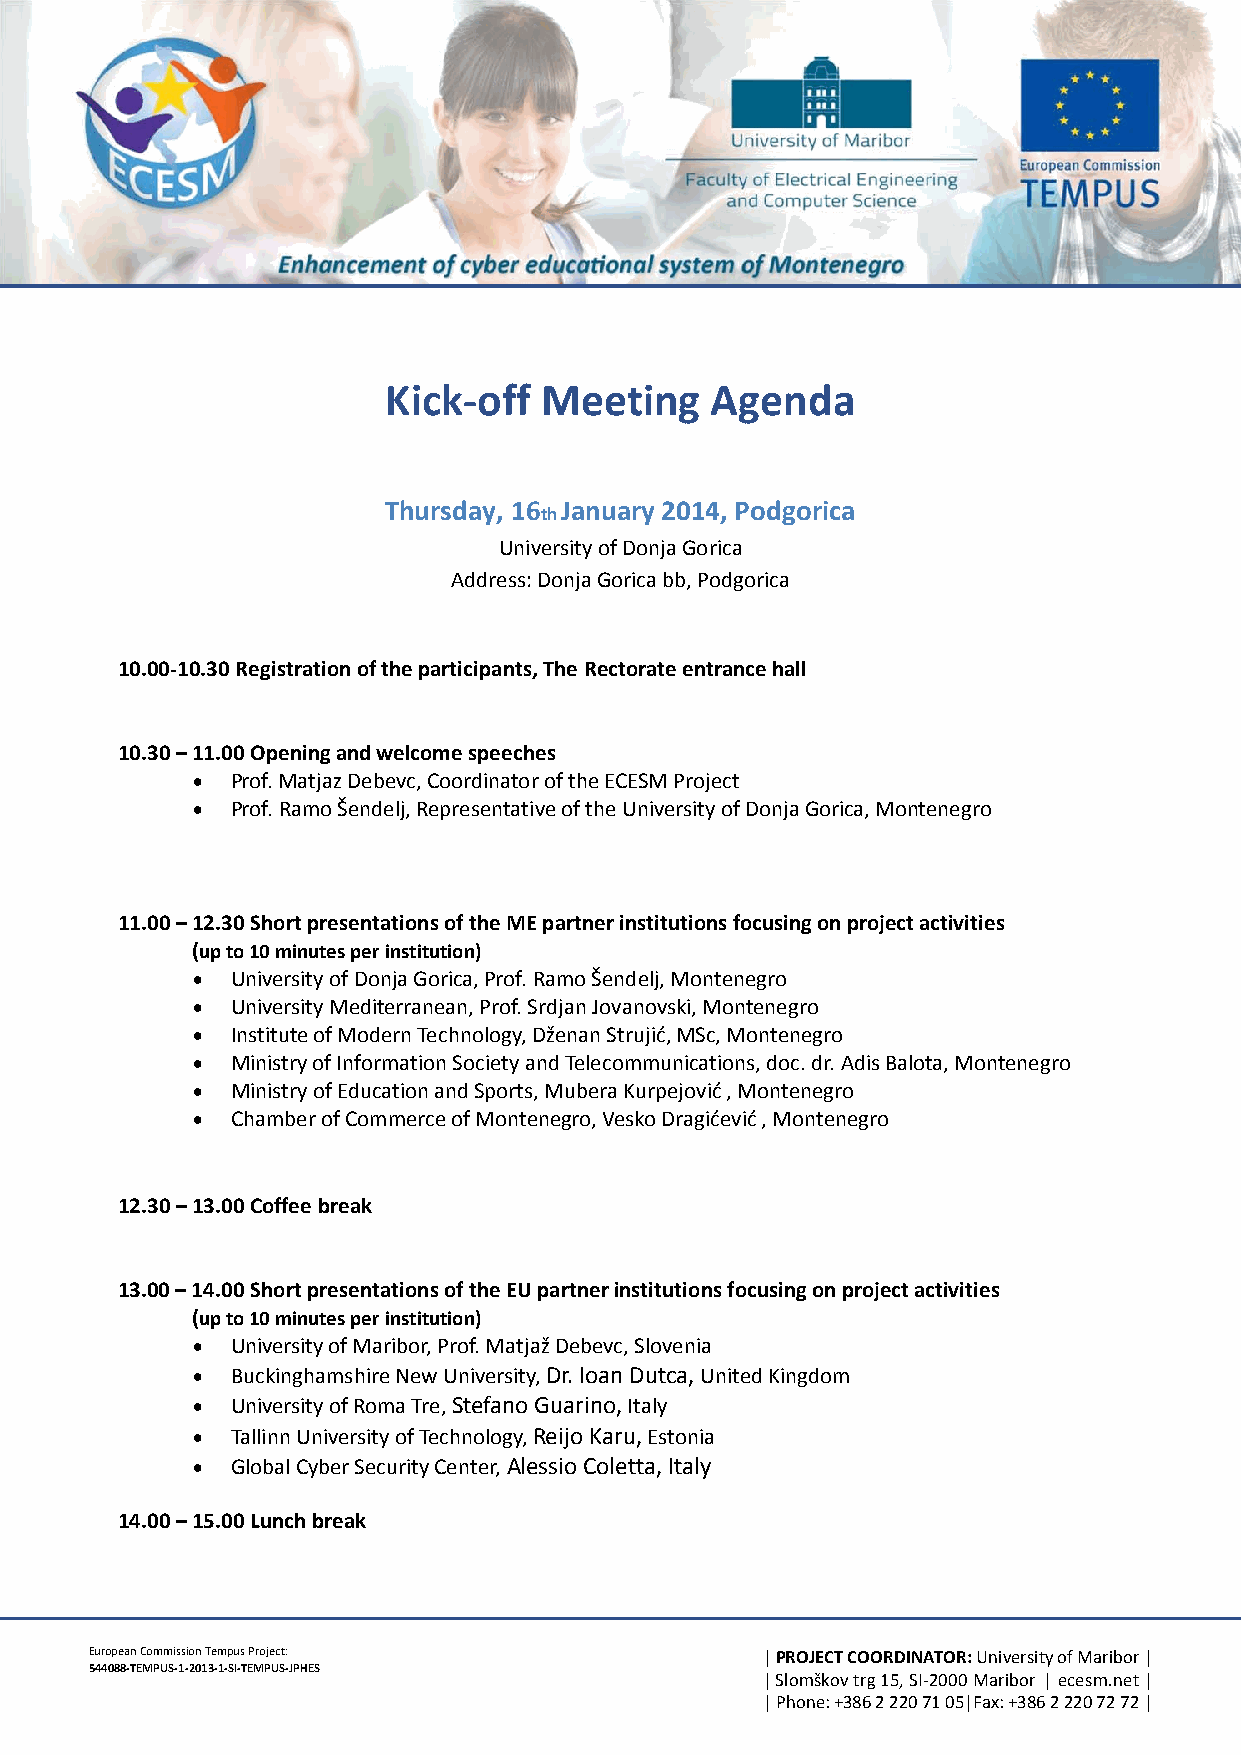
Kick-off   Meeting    Agenda
 Thursday, 16
 th
 January 2014, Podgorica
 University of Donja Gorica
 Address: Donja Gorica bb, Podgorica
 10.00-10.30 Registration of the participants, The Rectorate entrance hall
 10.30 – 11.00 Opening and welcome speeches
  Prof. Matjaz Debevc, Coordinator of the ECESM Project
  Prof. Ramo Šendelj, Representative of the University of Donja Gorica, Montenegro
 11.00 – 12.30 Short presentations of the ME partner institutions focusing on project activities
 (up to 10 minutes per institution)
  University of Donja Gorica, Prof. Ramo Šendelj, Montenegro
  University Mediterranean, Prof. Srdjan Jovanovski, Montenegro
  Institute of Modern Technology, Dženan Strujić, MSc, Montenegro
  Ministry of Information Society and Telecommunications, doc. dr. Adis Balota, Montenegro
  Ministry of Education and Sports, Mubera Kurpejović , Montenegro
  Chamber of Commerce of Montenegro, Vesko Dragićević , Montenegro
 12.30 – 13.00 Coffee break
 13.00 – 14.00 Short presentations of the EU partner institutions focusing on project activities
 (up to 10 minutes per institution)
  University of Maribor, Prof. Matjaž Debevc, Slovenia
  Buckinghamshire New University, Dr. Ioan Dutca, United Kingdom
  University of Roma Tre, Stefano Guarino, Italy
  Tallinn University of Technology, Reijo Karu, Estonia
  Global Cyber Security Center, Alessio Coletta, Italy
 14.00 – 15.00 Lunch break
 European Commission Tempus Project:         | PROJECT COORDINATOR: University of Maribor |
 544088-TEMPUS-1-2013-1-SI-TEMPUS-JPHES
 | Slomškov trg 15, SI-2000 Maribor | ecesm.net |
 | Phone: +386 2 220 71 05|Fax: +386 2 220 72 72 |